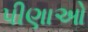
પીણાઓ